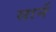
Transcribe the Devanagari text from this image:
सार्न